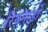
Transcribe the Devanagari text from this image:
रियनार्डो